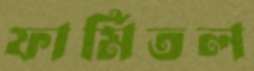
ফার্মিতল